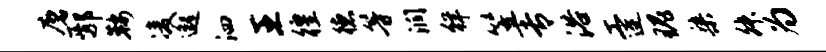
磨鄢鞍凌邈泗王徨德等润徉笠专浴工连瑰染舛为